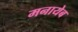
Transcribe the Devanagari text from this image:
मनायेब